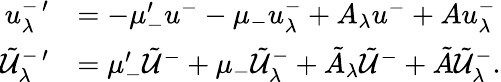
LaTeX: \begin{array}{rl}{u_{\lambda}^{-\, \prime}}&{=-\mu_{-}^{\prime}u^{-}-\mu_{-}u_{\lambda}^{-}+A_{\lambda}u^{-}+Au_{\lambda}^{-}}\\ {\tilde{\mathcal{U}}_{\lambda}^{-\, \prime}}&{=\mu_{-}^{\prime}\tilde{\mathcal{U}}^{-}+\mu_{-}\tilde{\mathcal{U}}_{\lambda}^{-}+\tilde{A}_{\lambda}\tilde{\mathcal{U}}^{-}+\tilde{A}\tilde{\mathcal{U}}_{\lambda}^{-}.}\end{array}